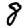
Digit: 8